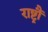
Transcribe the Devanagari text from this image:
राष्ट्रौं